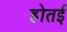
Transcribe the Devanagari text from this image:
होतई